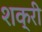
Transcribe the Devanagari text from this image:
शक्री